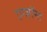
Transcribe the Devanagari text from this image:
एग्ज़ॉस्ट